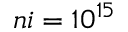
n i = 1 0 ^ { 1 5 }